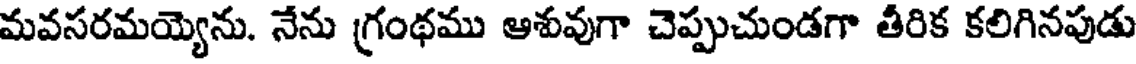
మవసరమయ్యెను. నేను గ్రంథము ఆశువుగా చెప్పుచుండగా తీరిక కలిగినపుడు